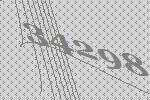
34298